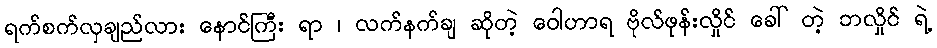
ရက်စက်လှချည်လား နောင်ကြီး ရာ ၊ လက်နက်ချ ဆိုတဲ့ ဝေါဟာရ ဗိုလ်ဖုန်းလှိုင် ခေါ် တဲ့ ဘလှိုင် ရဲ့